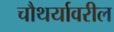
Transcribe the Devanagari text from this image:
चौथर्यावरील